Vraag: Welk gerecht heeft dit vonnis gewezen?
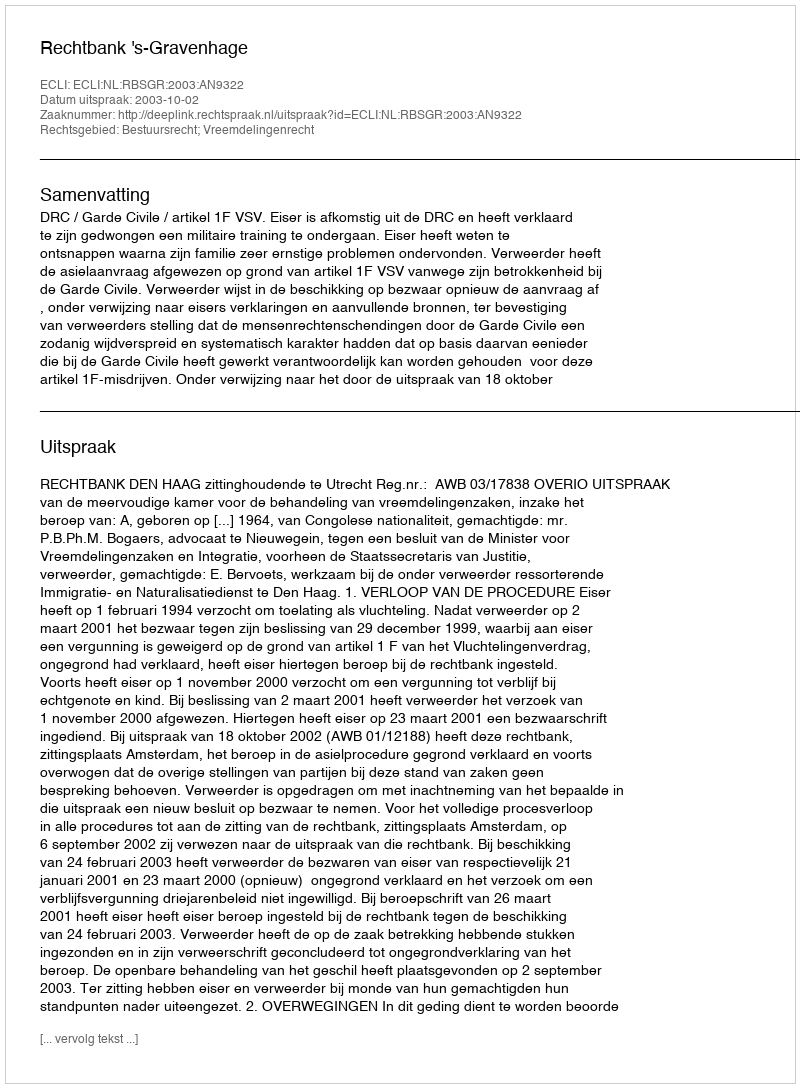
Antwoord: Rechtbank 's-Gravenhage